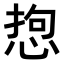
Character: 𢛑